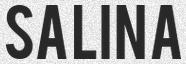
SALINA